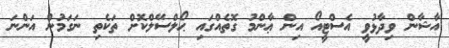
އާޝާން ވިދާޅުވީ އެސްޓީއޯ އިން ޢާންމު ގޮތެއްގައި ޙޯލްސޭލްކޮށް ތަކެތި ނަގަމުން އަންނަ